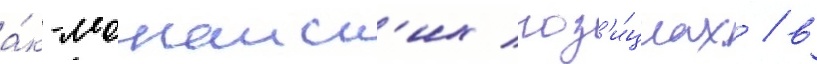
а́к-монаиск'их поз'и́циах / в